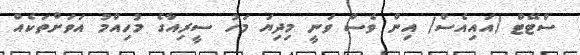
ސްޓޭޓް (އައިއެސް) އިން ވެސް ވަނީ މިދިޔަ މަހު ސީރިއާގެ މުހިއްމު އަވަށްތަކެއް